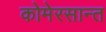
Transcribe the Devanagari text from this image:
कोमेरसान्त